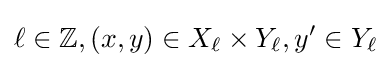
\ell \in \mathbb {Z} ,(x,y)\in X_{\ell }\times Y_{\ell },y'\in Y_{\ell }